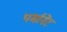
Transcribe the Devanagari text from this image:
पर्मानेंट